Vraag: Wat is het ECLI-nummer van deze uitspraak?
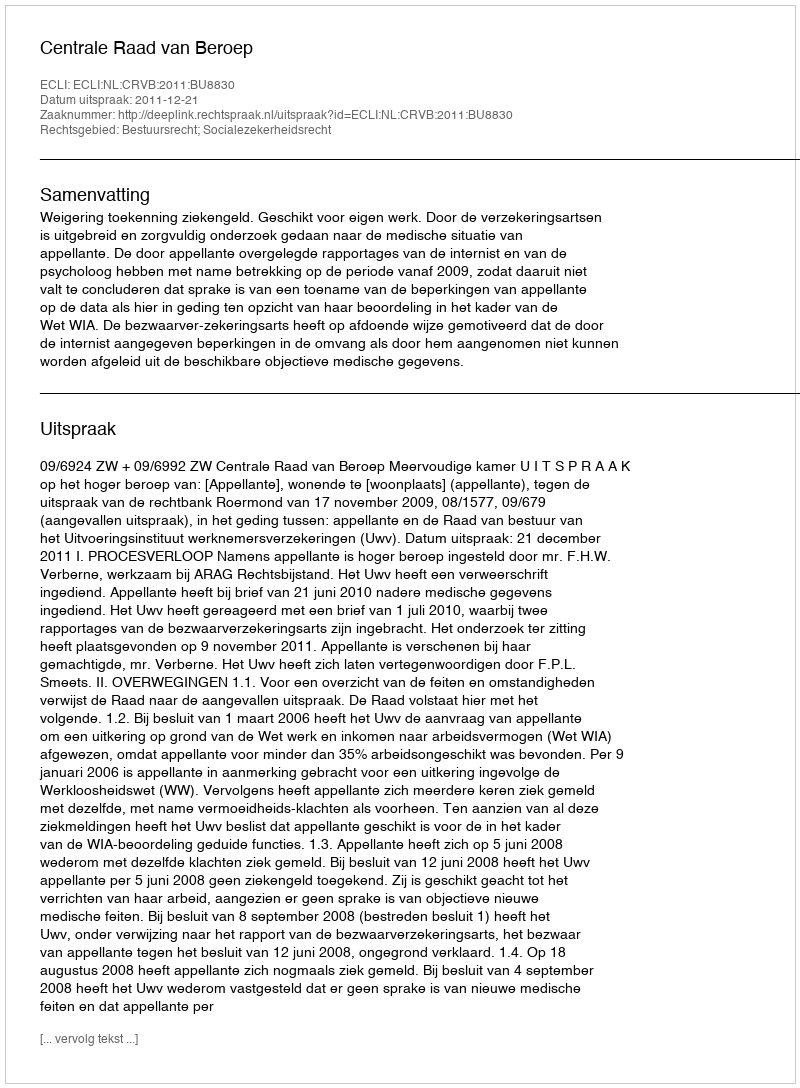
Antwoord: ECLI:NL:CRVB:2011:BU8830